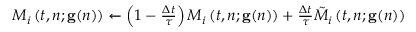
\begin{array} { r } { M _ { i } \left( t , n ; \mathbf { g } ( n ) \right) \xleftarrow { } \left( 1 - \frac { \Delta t } { \tau } \right) M _ { i } \left( t , n ; \mathbf { g } ( n ) \right) + \frac { \Delta t } { \tau } \Tilde { M } _ { i } \left( t , n ; \mathbf { g } ( n ) \right) } \end{array}